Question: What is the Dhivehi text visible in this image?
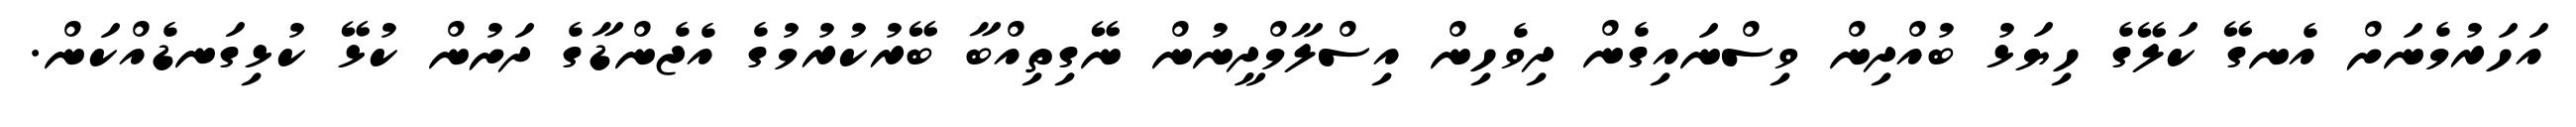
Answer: އަހަރުމެނަށް އެނގޭ ކަލޭގެ ހިޔަޅު ބުއްދިން ވިސްނައިގެން ދިވެހިން އިސްލާމްދީނުން ނޭގިތިއްބާ ބޭރުކުރުމުގެ އެޖެންޑާގެ ދަށުން ކުޅޭ ކުޅިގަނޑެއްކަން.